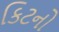
કિટનો